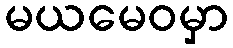
မယမေဝမှာ